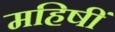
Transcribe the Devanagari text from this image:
महिषीं